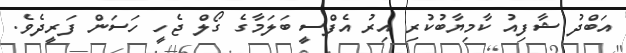
އަބްދު ޝާފިއު ކާމިޔާބުކުރި އިރު އެފްސީ ބަލަމާގެ ގޯލް ޖެހީ ހަސަން ފަރީދެވެ.